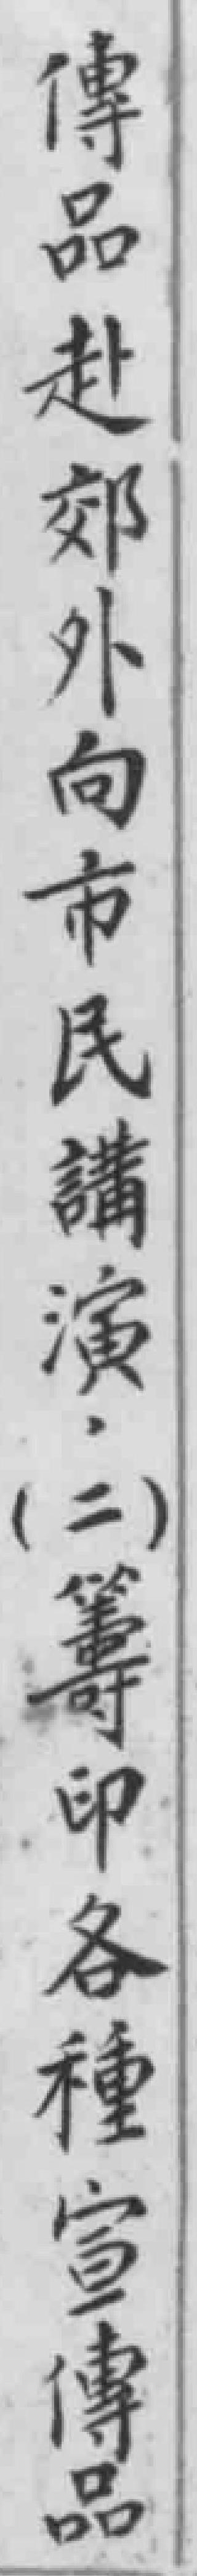
傳品赴郊外向市民講演，（二）籌印各種宣傳品